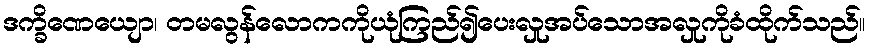
ဒက္ခိဏေယျော၊ တမလွန်လောကကိုယုံကြည်၍ပေးလှုအပ်သောအလှုကိုခံထိုက်သည်။